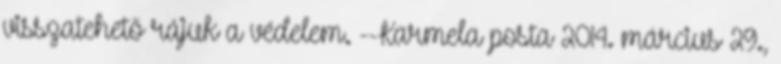
visszatehető rájuk a védelem. --Karmela posta 2014. március 29.,